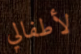
لأطفالي